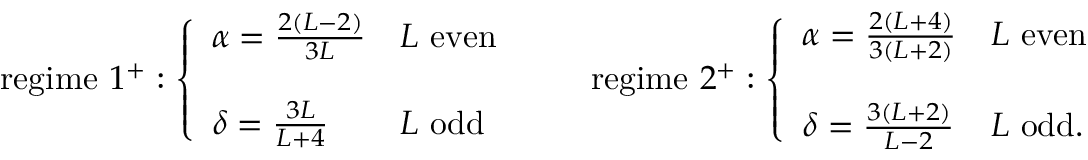
\mathrm { r e g i m e ~ } 1 ^ { + } : \left\{ \begin{array} { l l } { { \alpha = \frac { 2 ( L - 2 ) } { 3 L } } } & { { L \mathrm { ~ e v e n } } } \\ { { } } & { { } } \\ { { \delta = \frac { 3 L } { L + 4 } } } & { { L \mathrm { ~ o d d } } } \end{array} \right. \qquad \mathrm { r e g i m e ~ } 2 ^ { + } : \left\{ \begin{array} { l l } { { \alpha = \frac { 2 ( L + 4 ) } { 3 ( L + 2 ) } } } & { { L \mathrm { ~ e v e n } } } \\ { { } } & { { } } \\ { { \delta = \frac { 3 ( L + 2 ) } { L - 2 } } } & { { L \mathrm { ~ o d d } . } } \end{array} \right.